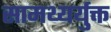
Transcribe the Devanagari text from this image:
सामथ्यर्युक्त